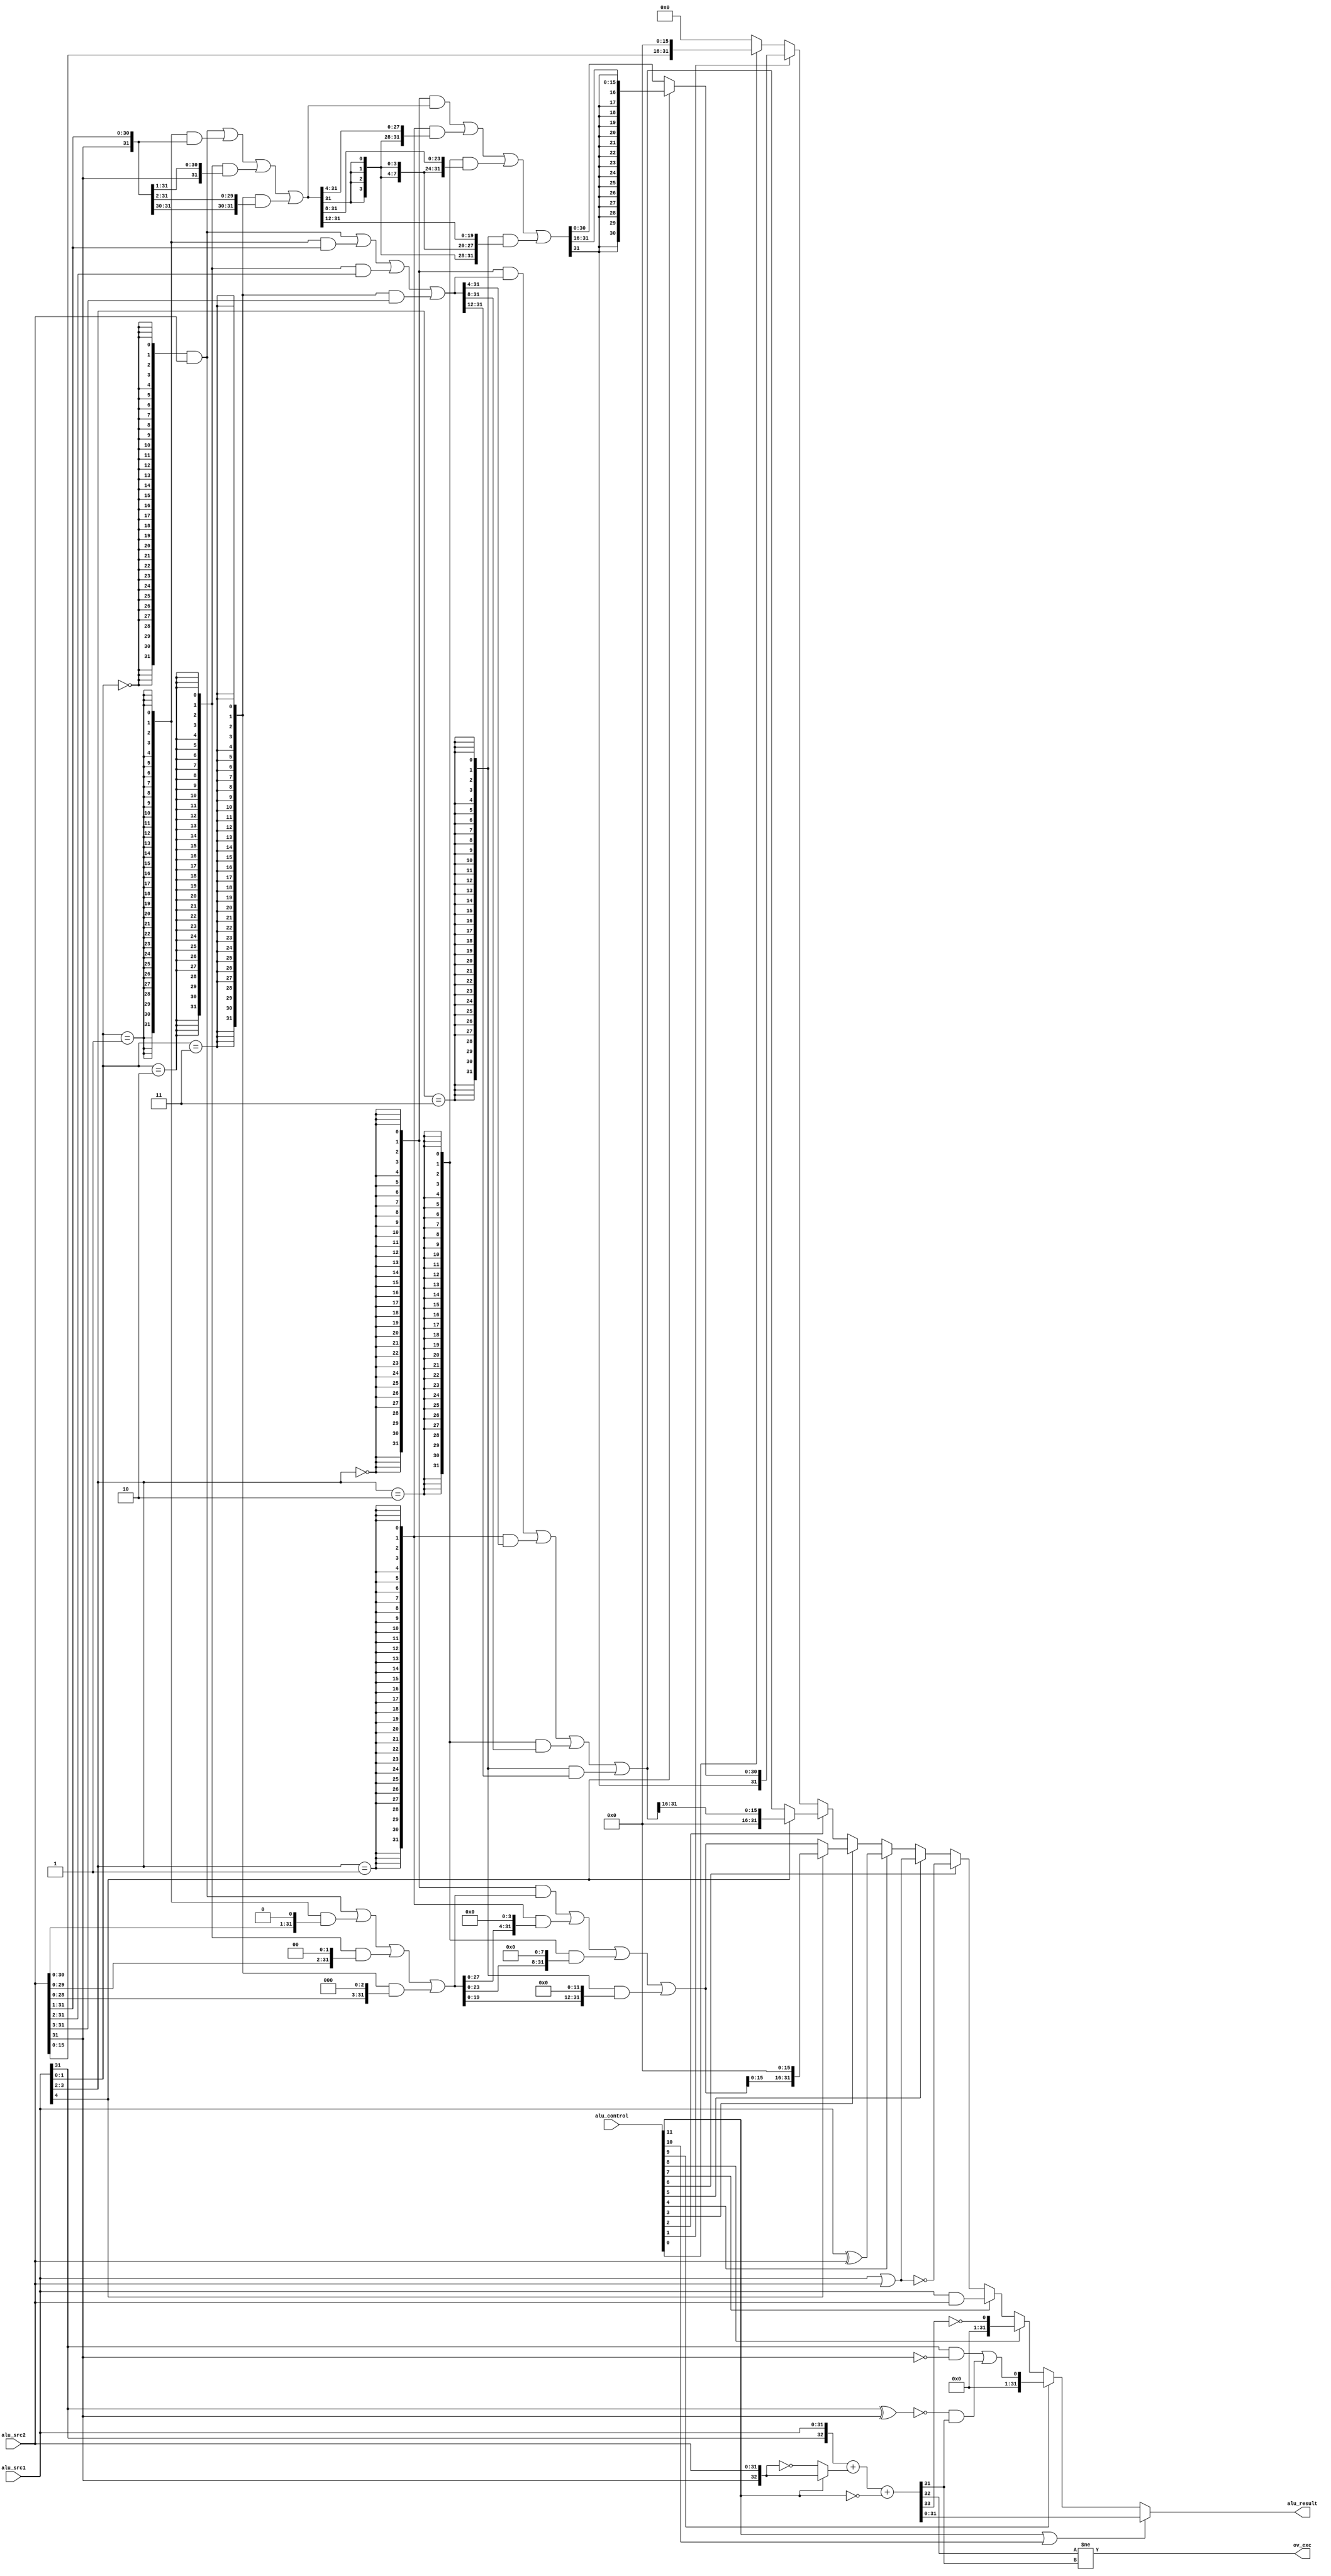
`timescale 1ns / 1ps
//////////////////////////////////////////////////////////////////////////////////
// Company: 
// Engineer: 
// 
// Design Name: 
// Module Name: alu
// Project Name: 
// Target Devices: 
// Tool Versions: 
// Description: 
// 
// Dependencies: 
// 
// Revision:
// Revision 0.01 - File Created
// Additional Comments:
// 
//////////////////////////////////////////////////////////////////////////////////


module alu(
	input wire [11:0] 	alu_control,	// ALU control signal
	input wire [31:0] 	alu_src1,		// ALU operand 1
	input wire [31:0] 	alu_src2,		// ALU operand 2
	output wire [31:0] 	alu_result, 	// ALU result
    output wire         ov_exc          // Overflow Exception
    );

	// ALU control signal, One-Hot Code
	wire alu_add;
	wire alu_sub;	
	wire alu_slt;	
	wire alu_sltu;
	wire alu_and;
	wire alu_nor;
	wire alu_or;
	wire alu_xor;
	wire alu_sll;
	wire alu_srl;
	wire alu_sra;
	wire alu_lui;

	assign alu_add  = alu_control[11];
	assign alu_sub  = alu_control[10];
    assign alu_slt  = alu_control[ 9];
    assign alu_sltu = alu_control[ 8];
    assign alu_and  = alu_control[ 7];
    assign alu_nor  = alu_control[ 6];
    assign alu_or   = alu_control[ 5];
    assign alu_xor  = alu_control[ 4];
    assign alu_sll  = alu_control[ 3];
    assign alu_srl  = alu_control[ 2];
    assign alu_sra  = alu_control[ 1];
    assign alu_lui  = alu_control[ 0];

    wire [31:0] add_sub_result;
    wire [31:0] slt_result;
    wire [31:0] sltu_result;
    wire [31:0] and_result;
    wire [31:0] nor_result;
    wire [31:0] or_result;
    wire [31:0] xor_result;
    wire [31:0] sll_result;
    wire [31:0] srl_result;
    wire [31:0] sra_result;
    wire [31:0] lui_result;

    assign and_result = alu_src1 & alu_src2;
    assign or_result  = alu_src1 | alu_src2;
    assign nor_result = ~or_result;
    assign xor_result = alu_src1 ^ alu_src2;
    assign lui_result = {alu_src2[15:0], 16'd0};

//----------{adder}begin
	wire [32:0] adder_operand1;
	wire [32:0] adder_operand2;
	wire 		adder_cin;
	wire [32:0] adder_result;
	wire 		adder_cout;

	assign adder_operand1 = {alu_src1[31],alu_src1};
	assign adder_operand2 = alu_add ? {alu_src2[31],alu_src2} : ~{alu_src2[31],alu_src2};
	assign adder_cin = ~alu_add;
    assign {adder_cout,adder_result} = adder_operand1 + adder_operand2 + adder_cin;
    assign ov_exc = (adder_result[32]!=adder_result[31]);

	assign add_sub_result = adder_result[31:0];

	// slt result
    //adder_src1[31] adder_src2[31] adder_result[31]
    //       0             1           X(0or1)       "???-???"????????????????????????
    //       0             0             1           ???????????????????????????
    //       0             0             0           ??????????????????????????????
    //       1             1             1           ???????????????????????????
    //       1             1             0           ??????????????????????????????
    //       1             0           X(0or1)       "???-???"?????????????????????
    assign slt_result[31:1] = 31'd0;
    assign slt_result[0] = (alu_src1[31] & ~alu_src2[31]) | (~(alu_src1[31]^alu_src2[31]) & adder_result[31]);

    //sltu??????
    //??????32?????????????????????????????????33??????????????????{1'b0,src1}???{1'b0,src2}????????????????????????0????????????
    //???????????????33???????????????????????????????????????{1'b0,src2}??????,?????????{1'b0,src1}+{1'b1,~src2}+cin
    //??????????????????32??????????????????????????????:                             src1   +    ~src2   +cin
    //32?????????????????????{adder_cout,adder_result},???33????????????????????????{adder_cout+1'b1,adder_result}
    //??????slt????????????????????????????????????????????????????????????????????????????????????1????????????0???????????????2????????????0
    //?????????????????????1?????????????????????adder_cout+1'b1???2'b01??????adder_cout???0
    assign sltu_result = {31'd0, ~adder_cout};
//----------{adder}end

//----------{shifter}begin
	// ????????????????????????
    // ???????????????????????????2??????[1:0]????????????????????????
    // ???????????????????????????????????????????????????[3:2]????????????????????????
    // ???????????????????????????????????????????????????[4]????????????????????????
    wire [4:0] shf;
    assign shf = alu_src1[4:0];
    wire [1:0] shf_1_0;
    wire [1:0] shf_3_2;
    assign shf_1_0 = shf[1:0];
    assign shf_3_2 = shf[3:2];

    // Shift Left Logical
    wire [31:0] sll_step1;
    wire [31:0] sll_step2;
    assign sll_step1 = {32{shf_1_0 == 2'b00}} & alu_src2                   // ???shf[1:0]="00",?????????
                     | {32{shf_1_0 == 2'b01}} & {alu_src2[30:0], 1'd0}     // ???shf[1:0]="01",??????1???
                     | {32{shf_1_0 == 2'b10}} & {alu_src2[29:0], 2'd0}     // ???shf[1:0]="10",??????2???
                     | {32{shf_1_0 == 2'b11}} & {alu_src2[28:0], 3'd0};    // ???shf[1:0]="11",??????3???
    assign sll_step2 = {32{shf_3_2 == 2'b00}} & sll_step1                  // ???shf[3:2]="00",?????????
                     | {32{shf_3_2 == 2'b01}} & {sll_step1[27:0], 4'd0}    // ???shf[3:2]="01",???????????????????????????4???
                     | {32{shf_3_2 == 2'b10}} & {sll_step1[23:0], 8'd0}    // ???shf[3:2]="10",???????????????????????????8???
                     | {32{shf_3_2 == 2'b11}} & {sll_step1[19:0], 12'd0};  // ???shf[3:2]="11",???????????????????????????12???
    assign sll_result = shf[4] ? {sll_step2[15:0], 16'd0} : sll_step2;     // ???shf[4]="1",???????????????????????????16???

    // Shift Right Logical
    wire [31:0] srl_step1;
    wire [31:0] srl_step2;
    assign srl_step1 = {32{shf_1_0 == 2'b00}} & alu_src2                   // ???shf[1:0]="00",?????????
                     | {32{shf_1_0 == 2'b01}} & {1'd0, alu_src2[31:1]}     // ???shf[1:0]="01",??????1???,?????????0
                     | {32{shf_1_0 == 2'b10}} & {2'd0, alu_src2[31:2]}     // ???shf[1:0]="10",??????2???,?????????0
                     | {32{shf_1_0 == 2'b11}} & {3'd0, alu_src2[31:3]};    // ???shf[1:0]="11",??????3???,?????????0
    assign srl_step2 = {32{shf_3_2 == 2'b00}} & srl_step1                  // ???shf[3:2]="00",?????????
                     | {32{shf_3_2 == 2'b01}} & {4'd0, srl_step1[31:4]}    // ???shf[3:2]="01",???????????????????????????4???,?????????0
                     | {32{shf_3_2 == 2'b10}} & {8'd0, srl_step1[31:8]}    // ???shf[3:2]="10",???????????????????????????8???,?????????0
                     | {32{shf_3_2 == 2'b11}} & {12'd0, srl_step1[31:12]}; // ???shf[3:2]="11",???????????????????????????12???,?????????0
    assign srl_result = shf[4] ? {16'd0, srl_step2[31:16]} : srl_step2;    // ???shf[4]="1",???????????????????????????16???,?????????0

    // Shift Right Arithmetic
    wire [31:0] sra_step1;
    wire [31:0] sra_step2;
    assign sra_step1 = {32{shf_1_0 == 2'b00}} & alu_src2                                 // ???shf[1:0]="00",?????????
                     | {32{shf_1_0 == 2'b01}} & {alu_src2[31], alu_src2[31:1]}           // ???shf[1:0]="01",??????1???,??????????????????
                     | {32{shf_1_0 == 2'b10}} & {{2{alu_src2[31]}}, alu_src2[31:2]}      // ???shf[1:0]="10",??????2???,??????????????????
                     | {32{shf_1_0 == 2'b11}} & {{3{alu_src2[31]}}, alu_src2[31:3]};     // ???shf[1:0]="11",??????3???,??????????????????
    assign sra_step2 = {32{shf_3_2 == 2'b00}} & sra_step1                                // ???shf[3:2]="00",?????????
                     | {32{shf_3_2 == 2'b01}} & {{4{sra_step1[31]}}, sra_step1[31:4]}    // ???shf[3:2]="01",???????????????????????????4???,??????????????????
                     | {32{shf_3_2 == 2'b10}} & {{8{sra_step1[31]}}, sra_step1[31:8]}    // ???shf[3:2]="10",???????????????????????????8???,??????????????????
                     | {32{shf_3_2 == 2'b11}} & {{12{sra_step1[31]}}, sra_step1[31:12]}; // ???shf[3:2]="11",???????????????????????????12???,??????????????????
    assign sra_result = shf[4] ? {{16{sra_step2[31]}}, sra_step2[31:16]} : sra_step2;    // ???shf[4]="1",???????????????????????????16???,??????????????????
//----------{shifter}end
	
	// Choose the corresponding result to output
	assign alu_result = (alu_add|alu_sub) ? add_sub_result[31:0] : 
                        alu_slt           ? slt_result :
                        alu_sltu          ? sltu_result :
                        alu_and           ? and_result :
                        alu_nor           ? nor_result :
                        alu_or            ? or_result  :
                        alu_xor           ? xor_result :
                        alu_sll           ? sll_result :
                        alu_srl           ? srl_result :
                        alu_sra           ? sra_result :
                        alu_lui           ? lui_result :
                        32'd0;
endmodule